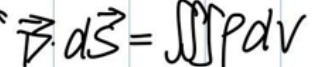
$\vec { D } \cdot d \vec { S } = \iiint P d v$